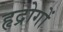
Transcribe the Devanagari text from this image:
हृद्रोगों